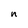
Character: n